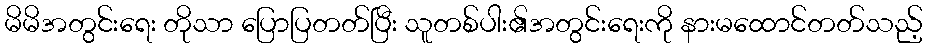
မိမိအတွင်းရေး တိုသာ ပြောပြတတ်ပြီး သူတစ်ပါး၏အတွင်းရေးကို နားမထောင်တတ်သည့်